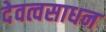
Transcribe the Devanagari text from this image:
देवत्वसाधन